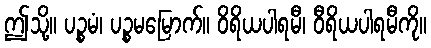
ဤသို့။ ပဉ္စမံ၊ ပဉ္စမမြောက်။ ဝိရိယပါရမီ၊ ဝီရိယပါရမီကို။